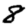
Digit: 8